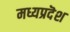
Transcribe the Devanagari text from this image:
मध्यप्रदॆश